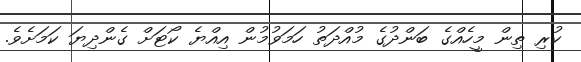
ކުރި ތިން މީހެއްގެ ބަންދުގެ މުއްދަތު ހަމަވުމުން އިއްޔެ ކޯޓަށް ގެންދިޔަ ކަމަށެވެ.